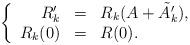
LaTeX: \begin{align*}\left\{ \begin{array}{rcl}R_k'&=& R_k(A+\tilde{A}'_k), \\ R_k(0) &=& R(0). \end{array}\right.\end{align*}